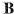
B